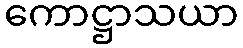
ကောဋ္ဌာသယာ